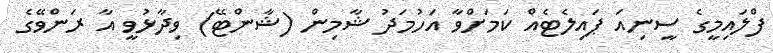
ފްލައިމީގެ ސީނިއަ ޕައިލެޓެއް ކަމަށްވާ އަހުމަދު ޝާމިން (ޝާންޓޭ) ވިދާޅުވީ އާ ރަންވޭގެ